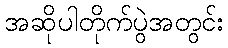
အဆိုပါတိုက်ပွဲအတွင်း